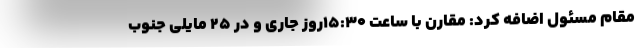
مقام مسئول اضافه کرد: مقارن با ساعت ۱۵:۳۰روز جاری و در ۲۵ مایلی جنوب